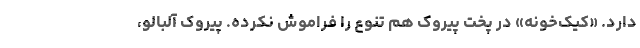
دارد. «کیک‌خونه» در پخت پیروک هم تنوع را فراموش نکرده. پیروک آلبالو،